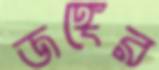
জঙ্গের